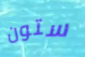
ستون